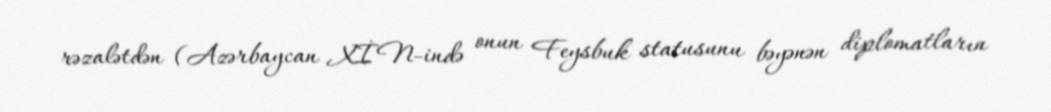
rəzalətdən (Azərbaycan XİN-ində onun Feysbuk statusunu bəyənən diplomatların